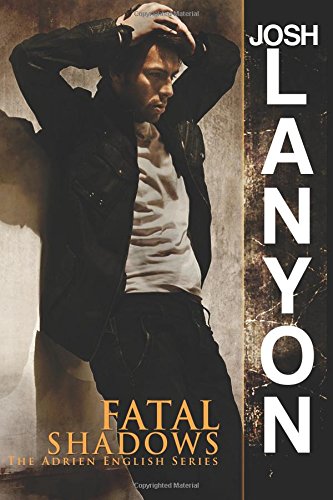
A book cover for Fatal Shadows: The Adrien English Mystery Series (Volume 1); Josh Lanyon; Romance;